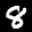
Label: 8